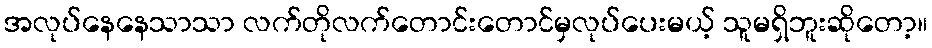
အလုပ်နေနေသာသာ လက်တိုလက်တောင်းတောင်မှလုပ်ပေးမယ့် သူမရှိဘူးဆိုတော့။